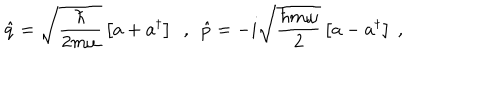
LaTeX: \hat { q } = \sqrt { \frac { \hbar } { 2 m \omega } } \left[ a + a ^ { \dagger } \right] \ \ , \ \ \hat { p } = - i \sqrt { \frac { \hbar m \omega } { 2 } } \left[ a - a ^ { \dagger } \right] \ ,